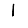
Digit: 1